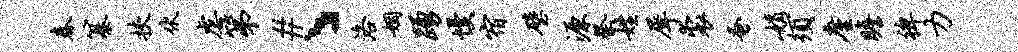
春纂挟伏虐第#丶洛姻踊慢宿璧源祭姓犀裘蚤娟须廑瞻裨力